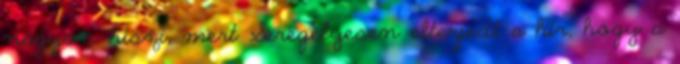
nagyon hiszi, mert Seregélyesen elterjedt a hír, hogy a